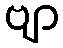
ဗျာ